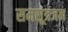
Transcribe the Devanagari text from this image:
समसूत्रजन